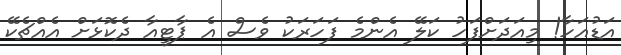
އަޑުއަހާ! މިއަދަށްފަހު ކަލޭ އެންމެ ފަހަރަކު ވެސް އެ ޕާޓީއާ ދެކޮޅަށް އެއްޗެކޭ